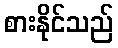
စားနိုင်သည်